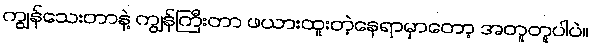
ကျွန်သေးတာနဲ့ ကျွန်ကြီးတာ ဖယားထူးတဲ့နေရာမှာတော့ အတူတူပါပဲ။